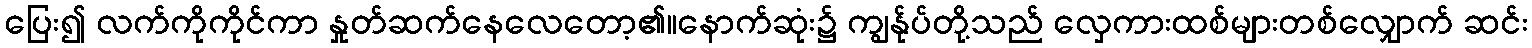
ပြေး၍ လက်ကိုကိုင်ကာ နှုတ်ဆက်နေလေတော့၏။နောက်ဆုံး၌ ကျွန်ုပ်တို့သည် လှေကားထစ်များတစ်လျှောက် ဆင်း